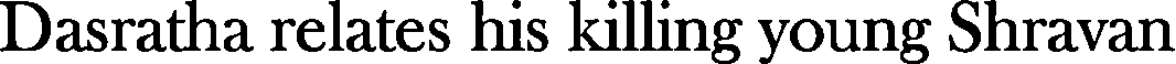
Dasratha relates his killing young Shravan